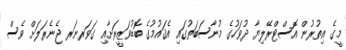
މީގެ އިތުރުން އޮސްޓްރޭލިޔާ ދުވަހުގެ މުނާސަބަތުގައި އެޤައުމުގެ ބޮޑުވަޒީރަށާއި ގަވަރނަރ ޖެނެރަލަށް ވެސް